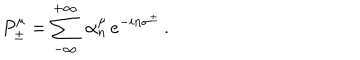
P _ { \pm } ^ { \mu } = \sum _ { - \infty } ^ { + \infty } \ \alpha _ { n } ^ { \mu } \, e ^ { - i n \sigma ^ { \pm } } \, .